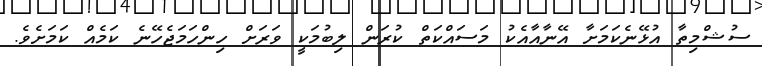
ސުޝްމިތާ އުޅޭނެކަމަށާ އޭނާއާއެކު މަސައްކަތް ކުރަން ލިބުމަކީ ވަރަށް ހިންހަމަޖެހޭނެ ކަމެއް ކަމަށެވެ.